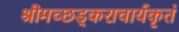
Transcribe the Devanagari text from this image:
श्रीमच्छड़्कराचार्यकृतं